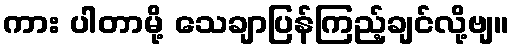
ကား ပါတာမို့ သေချာပြန်ကြည့်ချင်လို့ဗျ။